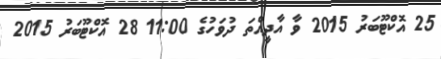
25 އޮކްޓޫބަރު 2015 ވާ އާދީއްތަ ދުވަހުގެ 11:00 28 އޮކްޓޫބަރު 2015